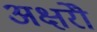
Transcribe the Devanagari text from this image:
अक्षरोें